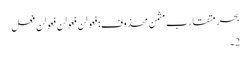
بحرِ متقارب مثمن محذوف:فعولن فعولن فعولن فعل
2۔